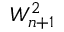
W _ { n + 1 } ^ { 2 }